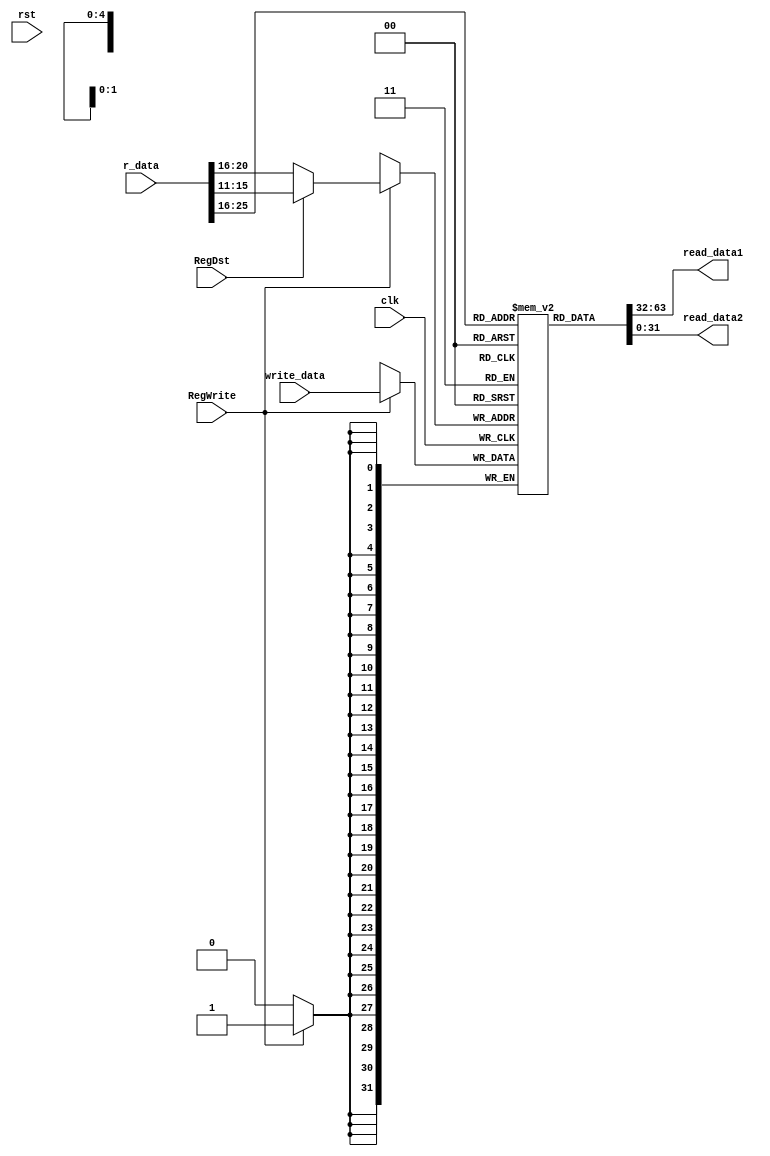
`timescale 1ns / 1ps
//////////////////////////////////////////////////////////////////////////////////
// Company: 
// Engineer: 
// 
// Design Name: 
// Module Name: REGISTER
// Project Name: 
// Target Devices: 
// Tool Versions: 
// Description: 
// 
// Dependencies: 
// 
// Revision:
// Revision 0.01 - File Created
// Additional Comments:
// 
//////////////////////////////////////////////////////////////////////////////////


module REGISTER(clk, rst, r_data, write_data, read_data1, read_data2, RegWrite, RegDst);
    input clk, rst, RegWrite, RegDst;
    input [31:0] r_data;
    input [31:0] write_data;
    output [31:0] read_data1, read_data2;
    wire [4:0] read_reg1, read_reg2, write_reg;
    reg [31:0] register [31:0];
    
    assign read_reg1 = r_data[25:21];
    assign read_reg2 = r_data[20:16];
    assign write_reg = (RegDst)? r_data[15:11] : r_data[20:16];
    assign read_data1 = register[read_reg1];
    assign read_data2 = register[read_reg2];
 
    integer i;
    initial begin
        for(i = 0; i <= 31; i = i + 1) 
            register[i] <= 32'b0000_0000_0000_0000_0000_0000_0000_0000;
    end
    
    always @(posedge clk) begin
        if(RegWrite == 1'b1) begin
            register[write_reg] = write_data;
        end
    end
    
endmodule